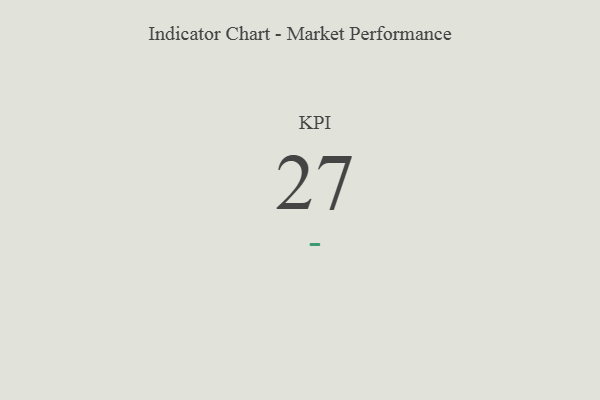
{"axis": {"x": "KPI", "y": "Value"}, "legend": [""], "data": [{"x": "KPI", "y": 27, "type": ""}]}